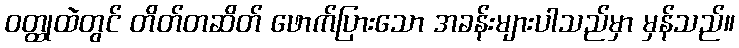
ဝတ္ထုထဲတွင် တိတ်တဆိတ် ဖောက်ပြားသော အခန်းများပါသည်မှာ မှန်သည်။